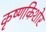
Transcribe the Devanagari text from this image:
कृष्णकिशोर